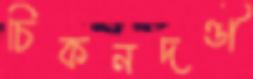
চিকনদণ্ডী